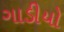
ગાડીયો